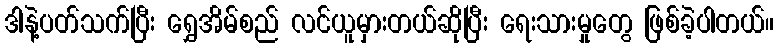
ဒါနဲ့ပတ်သက်ပြီး ရွှေအိမ်စည် လင်ယူမှားတယ်ဆိုပြီး ရေးသားမှုတွေ ဖြစ်ခဲ့ပါတယ်။